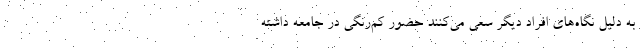
به دلیل نگاه‌های افراد دیگر سعی می‌کنند حضور کم‌رنگی در جامعه داشته